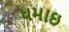
ધમાઇ